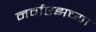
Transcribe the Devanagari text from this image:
नर्वाएझच्या